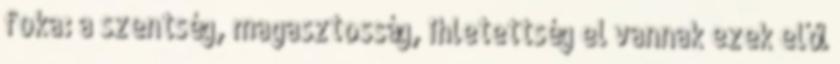
foka: a szentség, magasztosság, ihletettség el vannak ezek elől